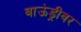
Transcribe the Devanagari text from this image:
बाऊंड्रीवर